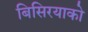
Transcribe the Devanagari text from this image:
बिसिरयाको